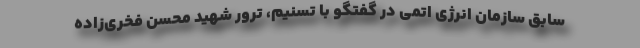
سابق سازمان انرژی اتمی در گفتگو با تسنیم، ترور شهید محسن فخری‌زاده